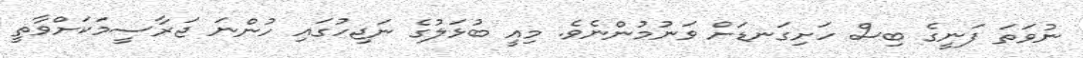
ނުވަތަ ފަނީގެ ބިސް ހަށިގަނޑަށް ވަނުމުންނެވެ. މިއީ ބުޅަލުގެ ނަޖިހުގައި ހުންނަ ޖަރާސީމަކަށްވާތީ